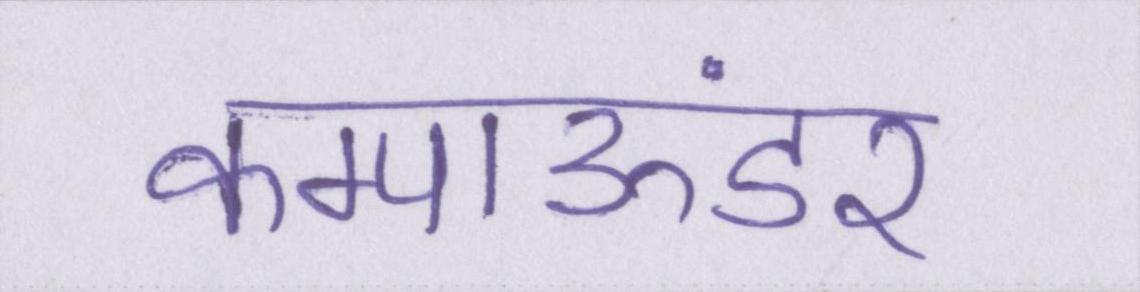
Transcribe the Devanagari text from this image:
कम्पाऊंडर